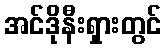
အင်ဒိုနီးရှားတွင်